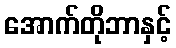
အောက်တိုဘာနှင့်